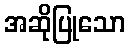
အဆိုပြုသော